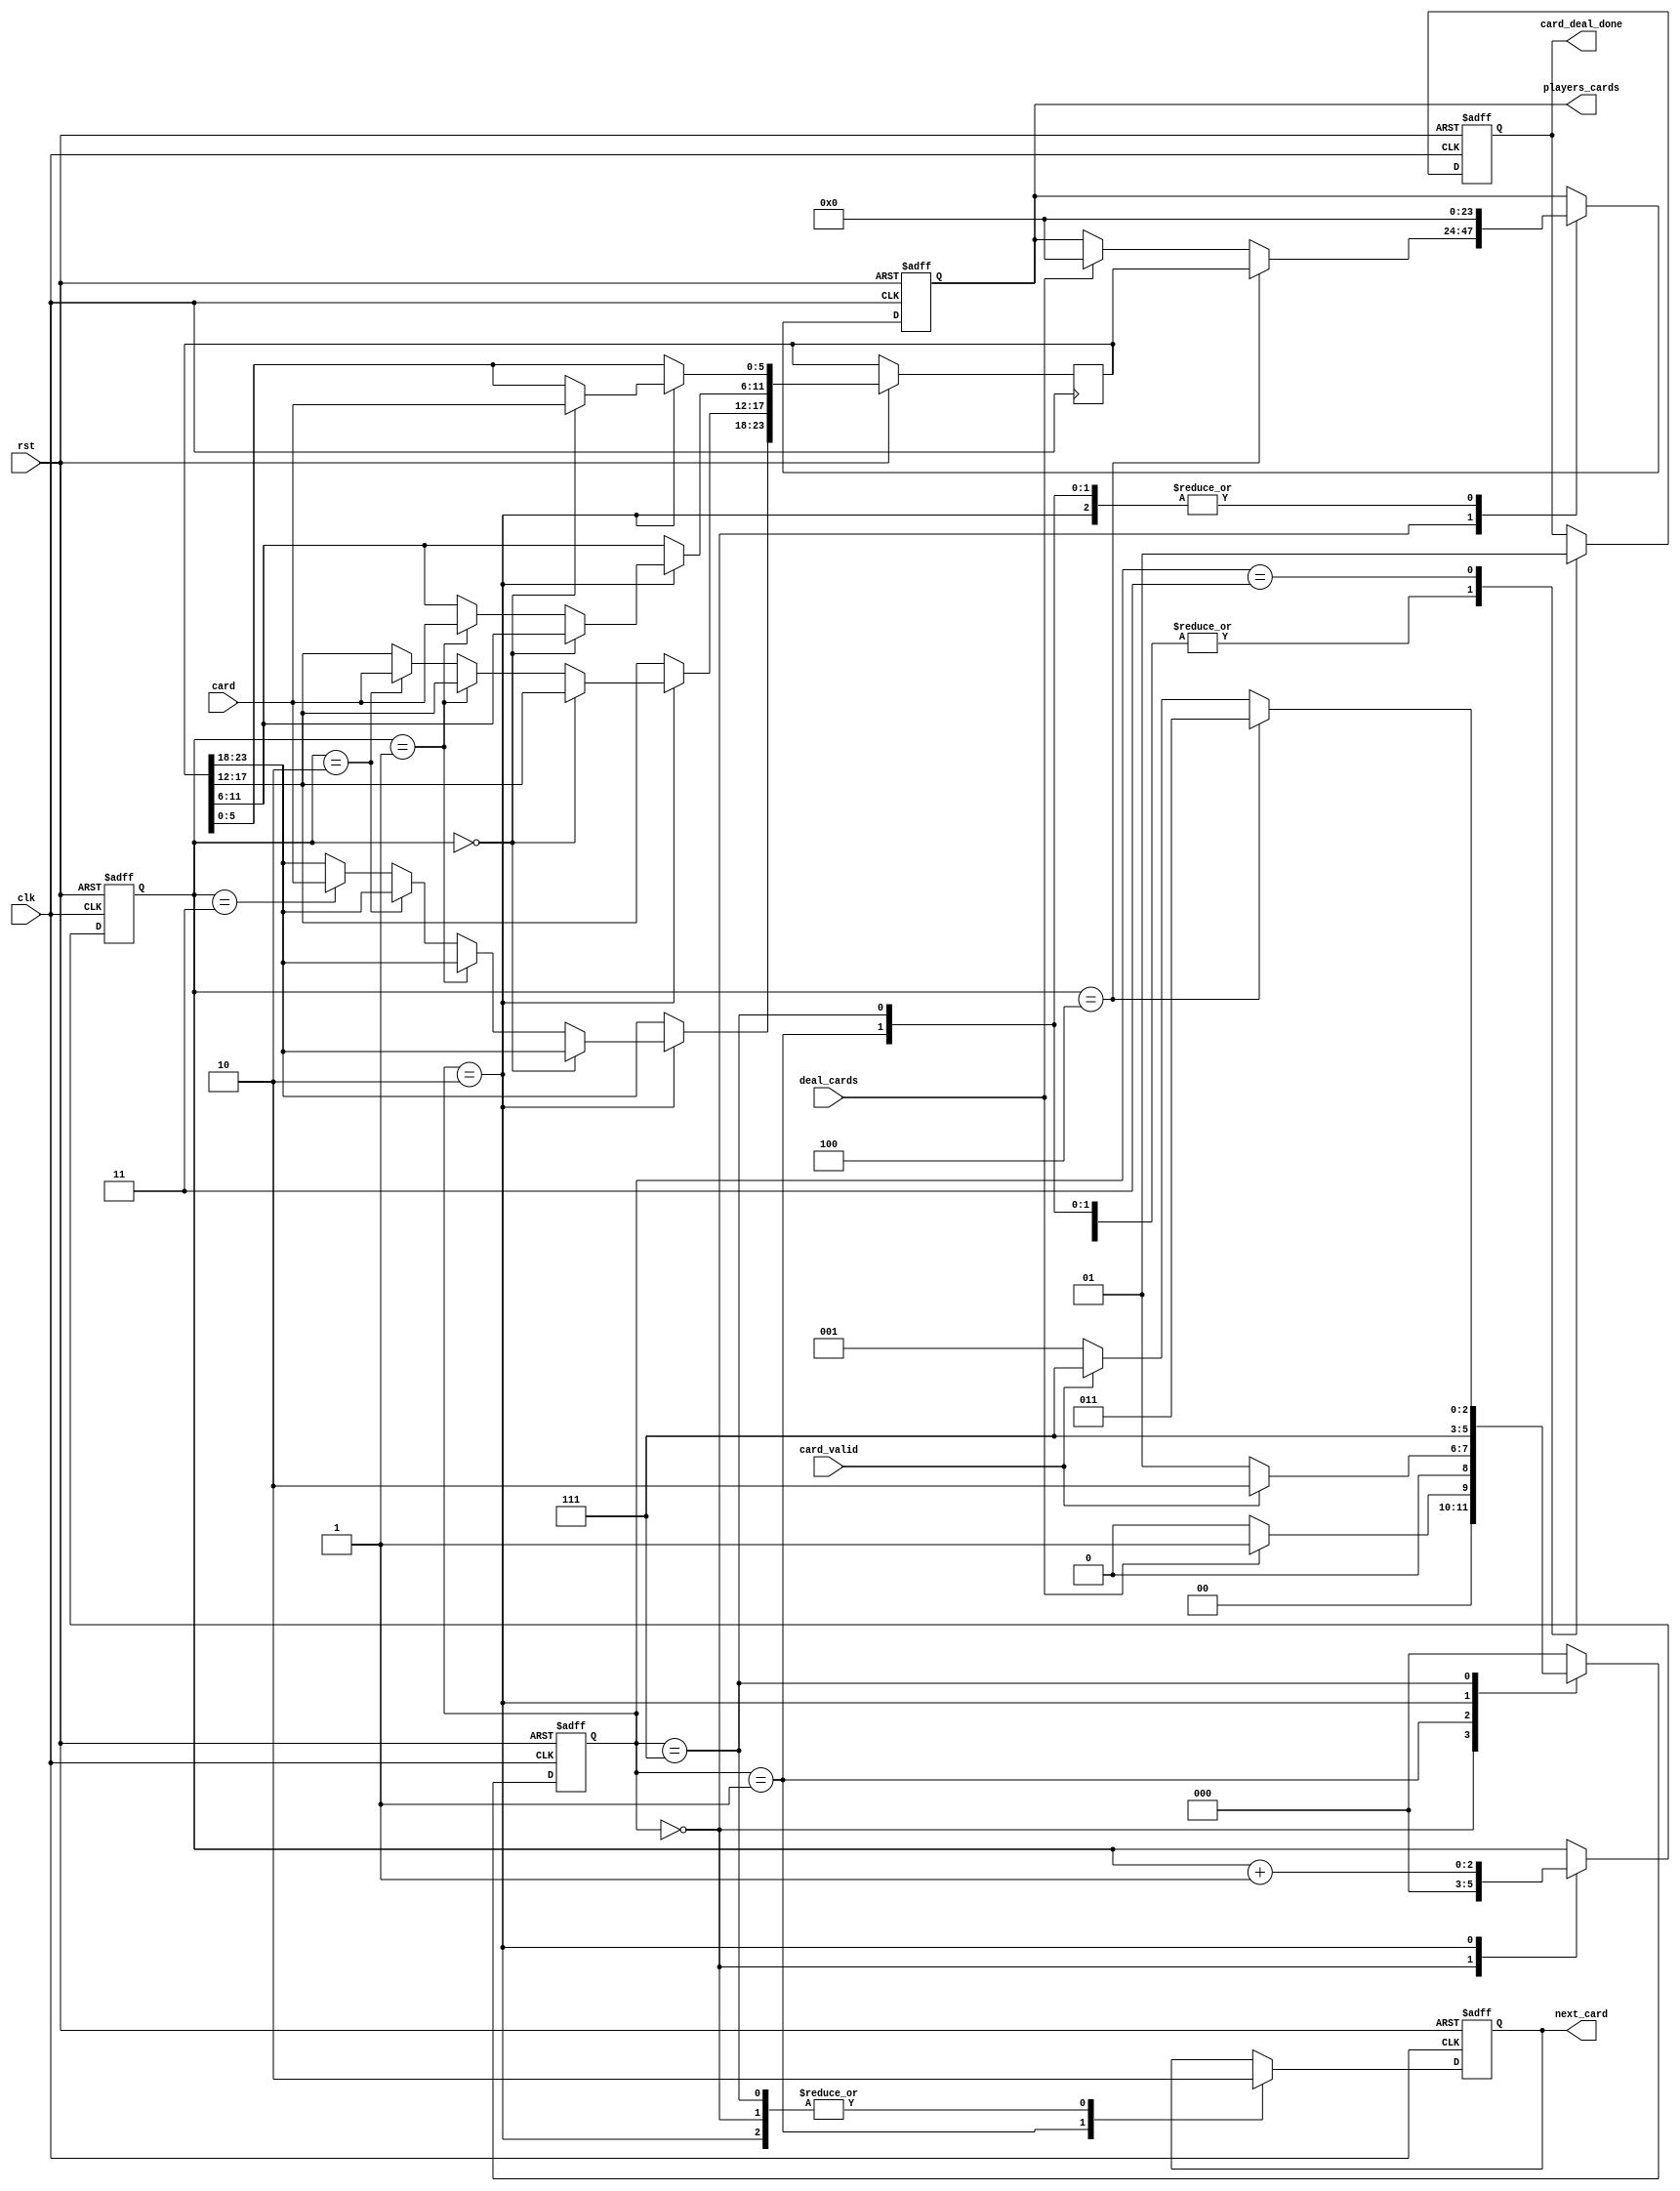
module deal_player_cards(clk, rst, deal_cards, card, card_valid, next_card, players_cards, card_deal_done);
input clk, rst;
input [5:0]card;
input deal_cards;
input card_valid;
output next_card;
output [23:0]players_cards;
output card_deal_done;

reg card_deal_done;
reg next_card;
reg [23:0]players_cards;
reg [23:0]cards;

reg [2:0]S, NS;
parameter WAIT = 3'b000, CARD_R = 3'b001, CARD_A = 3'b010, DONE = 3'b011, WAIT_FOR_VALID_DOWN = 3'b111;
reg [2:0] cards_dealt;

always @(S or deal_cards or card_valid or cards_dealt)
begin
	case (S)
		WAIT:
		begin
			if (deal_cards == 1'b1)
			begin
				NS = CARD_R;
			end
			else
			begin
				NS = WAIT;
			end
		end
		CARD_R:
		begin
			if (card_valid == 1'b1)
			begin
				NS = CARD_A;
			end
			else
			begin
				NS = CARD_R;
			end
		end
		CARD_A:
		begin
			NS = WAIT_FOR_VALID_DOWN;
		end
		WAIT_FOR_VALID_DOWN:
		begin
			if (cards_dealt == 3'b100)
			begin 
				NS = DONE;
			end
			else if (card_valid == 1'b0)
			begin
				NS = CARD_R;
			end
			else
			begin
				NS = WAIT_FOR_VALID_DOWN;
			end
		end
		DONE:
		begin
			NS = WAIT;
		end
		default: NS = WAIT;
	endcase
end

/* control the S based on NS */
always @(posedge clk or negedge rst)
begin
	if (rst == 1'b0)
	begin
		S <= WAIT;
	end
	else
	begin
		S <= NS;
	end
end

/* Outputs */
always @(posedge clk or negedge rst)
begin
	if (rst == 1'b0)
	begin
		cards_dealt <= 3'b000;
		next_card <= 1'b0;
		players_cards <= 0;
		card_deal_done <= 1'b0;
	end
	else
	begin
		case (S)
			WAIT:
			begin
				cards_dealt <= 3'b000;
				next_card <= 1'b0;
				card_deal_done <= 1'b0;
				
				/* do the assignment out once all the cards are dealt */
				if (cards_dealt == 3'b100)
				begin
					players_cards <= cards;
				end
				else if (deal_cards == 1'b1)
				begin
					players_cards <= 0;
				end
			end
			CARD_R:
			begin
				cards_dealt <= cards_dealt;
				next_card <= 1'b1;
				players_cards <= 0;
				card_deal_done <= 1'b0;
			end
			CARD_A:
			begin
				cards_dealt <= cards_dealt + 1'b1;
				next_card <= 1'b0;
				players_cards <= 0;
				card_deal_done <= 1'b0;
				
				/* assign the cards into there spot */
				if (cards_dealt == 3'b000)
				begin
					cards[5:0] <= card;
				end
				else if (cards_dealt == 3'b001)
				begin
					cards[11:6] <= card;
				end
				else if (cards_dealt == 3'b010)
				begin
					cards[17:12] <= card;
				end
				else if (cards_dealt == 3'b011)
				begin
					cards[23:18] <= card;
				end
			end
			WAIT_FOR_VALID_DOWN:
			begin
				cards_dealt <= cards_dealt;
				next_card <= 1'b0;
				players_cards <= 0;
				card_deal_done <= 1'b0;
			end
			DONE:
			begin
				card_deal_done <= 1'b1;
			end
		endcase
	end
end
endmodule

module deal_a_card(clk, rst, deal_cards, card, card_valid, next_card, players_cards, card_deal_done);
input clk, rst;
input [5:0]card;
input deal_cards;
input card_valid;
output next_card;
output [5:0]players_cards;
output card_deal_done;

reg card_deal_done;
reg next_card;
reg [5:0]players_cards;
reg [5:0]cards;

reg [2:0]S, NS;
parameter WAIT = 3'b000, CARD_R = 3'b001, CARD_A = 3'b010, DONE = 3'b011, WAIT_FOR_VALID_DOWN = 3'b111;
reg [2:0] cards_dealt;

always @(S or deal_cards or card_valid or cards_dealt)
begin
	case (S)
		WAIT:
		begin
			if (deal_cards == 1'b1)
			begin
				NS = CARD_R;
			end
			else
			begin
				NS = WAIT;
			end
		end
		CARD_R:
		begin
			if (card_valid == 1'b1)
			begin
				NS = CARD_A;
			end
			else
			begin
				NS = CARD_R;
			end
		end
		CARD_A:
		begin
			NS = WAIT_FOR_VALID_DOWN;
		end
		WAIT_FOR_VALID_DOWN:
		begin
			if (cards_dealt == 3'b001)
			begin 
				NS = DONE;
			end
			else if (card_valid == 1'b0)
			begin
				NS = CARD_R;
			end
			else
			begin
				NS = WAIT_FOR_VALID_DOWN;
			end
		end
		DONE:
		begin
			NS = WAIT;
		end
		default: NS = WAIT;
	endcase
end

/* control the S based on NS */
always @(posedge clk or negedge rst)
begin
	if (rst == 1'b0)
	begin
		S <= WAIT;
	end
	else
	begin
		S <= NS;
	end
end

/* Outputs */
always @(posedge clk or negedge rst)
begin
	if (rst == 1'b0)
	begin
		cards_dealt <= 3'b000;
		next_card <= 1'b0;
		players_cards <= 0;
		card_deal_done <= 1'b0;
	end
	else
	begin
		case (S)
			WAIT:
			begin
				cards_dealt <= 3'b000;
				next_card <= 1'b0;
				card_deal_done <= 1'b0;
				
				/* do the assignment out once all the cards are dealt */
				if (cards_dealt == 3'b001)
				begin
					players_cards <= cards;
				end
				else if (deal_cards == 1'b1)
				begin
					players_cards <= 0;
				end
			end
			CARD_R:
			begin
				cards_dealt <= cards_dealt;
				next_card <= 1'b1;
				players_cards <= 0;
				card_deal_done <= 1'b0;
			end
			CARD_A:
			begin
				cards_dealt <= cards_dealt + 1'b1;
				next_card <= 1'b0;
				players_cards <= 0;
				card_deal_done <= 1'b0;
				
				/* assign the cards into there spot */
				if (cards_dealt == 3'b000)
				begin
					cards[5:0] <= card;
				end
				
			end
			WAIT_FOR_VALID_DOWN:
			begin
				cards_dealt <= cards_dealt;
				next_card <= 1'b0;
				players_cards <= 0;
				card_deal_done <= 1'b0;
			end
			DONE:
			begin
				card_deal_done <= 1'b1;
			end
		endcase
	end
end
endmodule

module deal_flop(clk, rst, deal_cards, card, card_valid, next_card, players_cards, card_deal_done);
input clk, rst;
input [5:0]card;
input deal_cards;
input card_valid;
output next_card;
output [17:0]players_cards;
output card_deal_done;

reg card_deal_done;
reg next_card;
reg [17:0]players_cards;
reg [17:0]cards;

reg [2:0]S, NS;
parameter WAIT = 3'b000, CARD_R = 3'b001, CARD_A = 3'b010, DONE = 3'b011, WAIT_FOR_VALID_DOWN = 3'b111;
reg [2:0] cards_dealt;

always @(S or deal_cards or card_valid or cards_dealt)
begin
	case (S)
		WAIT:
		begin
			if (deal_cards == 1'b1)
			begin
				NS = CARD_R;
			end
			else
			begin
				NS = WAIT;
			end
		end
		CARD_R:
		begin
			if (card_valid == 1'b1)
			begin
				NS = CARD_A;
			end
			else
			begin
				NS = CARD_R;
			end
		end
		CARD_A:
		begin
			NS = WAIT_FOR_VALID_DOWN;
		end
		WAIT_FOR_VALID_DOWN:
		begin
			if (cards_dealt == 3'b011)
			begin 
				NS = DONE;
			end
			else if (card_valid == 1'b0)
			begin
				NS = CARD_R;
			end
			else
			begin
				NS = WAIT_FOR_VALID_DOWN;
			end
		end
		DONE:
		begin
			NS = WAIT;
		end
		default: NS = WAIT;
	endcase
end

/* control the S based on NS */
always @(posedge clk or negedge rst)
begin
	if (rst == 1'b0)
	begin
		S <= WAIT;
	end
	else
	begin
		S <= NS;
	end
end

/* Outputs */
always @(posedge clk or negedge rst)
begin
	if (rst == 1'b0)
	begin
		cards_dealt <= 3'b000;
		next_card <= 1'b0;
		players_cards <= 0;
		card_deal_done <= 1'b0;
	end
	else
	begin
		case (S)
			WAIT:
			begin
				cards_dealt <= 3'b000;
				next_card <= 1'b0;
				card_deal_done <= 1'b0;
				
				/* do the assignment out once all the cards are dealt */
				if (cards_dealt == 3'b011)
				begin
					players_cards <= cards;
				end
				else if (deal_cards == 1'b1)
				begin
					players_cards <= 0;
				end
			end
			CARD_R:
			begin
				cards_dealt <= cards_dealt;
				next_card <= 1'b1;
				players_cards <= 0;
				card_deal_done <= 1'b0;
			end
			CARD_A:
			begin
				cards_dealt <= cards_dealt + 1'b1;
				next_card <= 1'b0;
				players_cards <= 0;
				card_deal_done <= 1'b0;
				
				/* assign the cards into there spot */
				if (cards_dealt == 3'b000)
				begin
					cards[5:0] <= card;
				end
				else if (cards_dealt == 3'b001)
				begin
					cards[11:6] <= card;
				end
				else if (cards_dealt == 3'b010)
				begin
					cards[17:12] <= card;
				end
				
			end
			WAIT_FOR_VALID_DOWN:
			begin
				cards_dealt <= cards_dealt;
				next_card <= 1'b0;
				players_cards <= 0;
				card_deal_done <= 1'b0;
			end
			DONE:
			begin
				card_deal_done <= 1'b1;
			end
		endcase
	end
end
endmodule